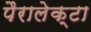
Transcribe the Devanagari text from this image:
पैरालेक्टा